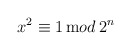
\begin{align*}x^2\equiv 1\,{\mathrm mod}\,2^n\end{align*}